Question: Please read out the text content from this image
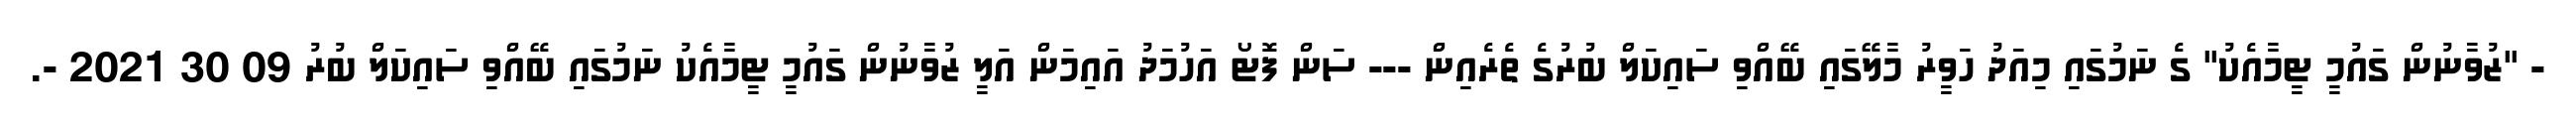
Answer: - "ޒުވާނުން ގައުމީ ޓީމާއެކު" ގެ ނަމުގައި މިއަދު ހަވީރު މާލޭގައި ބޭއްވި ސައިކަލް ބުރުގެ ތެރެއިން --- ސަން ފޮޓޯ އަހުމަދު އައިމަން އަލީ ޒުވާނުން ގައުމީ ޓީމާއެކު ނަމުގައި ބޭއްވި ސައިކަލް ބުރު 09 30 2021 -.